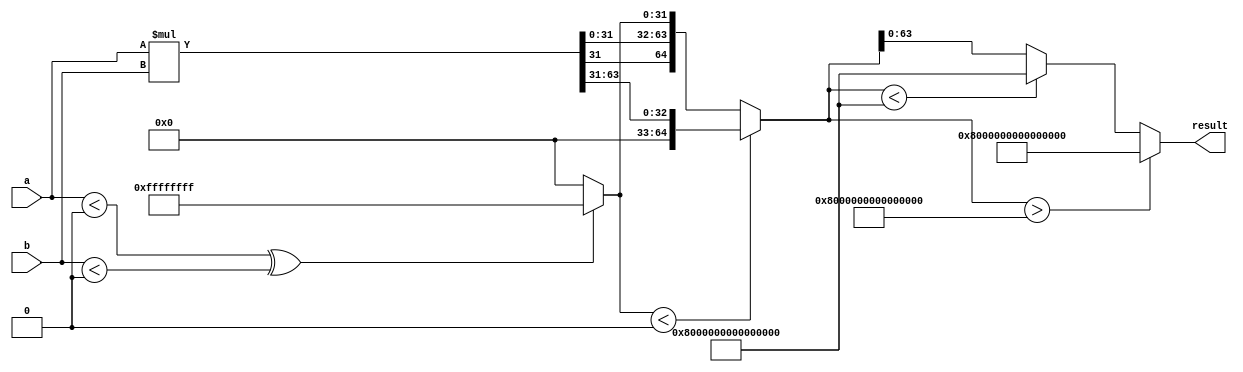
module signed_multiplier(
    input signed [31:0] a,
    input signed [31:0] b,
    output signed [63:0] result
);

reg signed [63:0] partial_product;
reg signed [31:0] shift_amount;
reg signed [63:0] shifted_value;
reg signed [64:0] final_result;

always @ (*) begin
    partial_product = a * b;
    shift_amount = ($signed(a) < 0) ^ ($signed(b) < 0) ? -32'b1 : 32'b0;
    shifted_value = {partial_product, shift_amount};
    
    if (shift_amount < 0)
        final_result = $signed(partial_product >> 31);
    else
        final_result = shifted_value;
    
    if (final_result > 64'b0111111111111111111111111111111111111111111111111111111111111111)
        result = 64'b0111111111111111111111111111111111111111111111111111111111111111;
    else if (final_result < 64'b1000000000000000000000000000000000000000000000000000000000000000)
        result = 64'b1000000000000000000000000000000000000000000000000000000000000000;
    else
        result = final_result[63:0];
end

endmodule